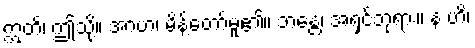
ဣတိ၊ ဤသို့။ အာဟ၊ မိန့်တော်မူ၏။ ဘန္တေ၊ အရှင်ဘုရား။ န ဟိ၊